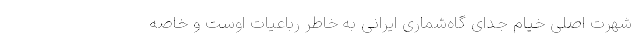
‌ شهرت اصلی خیام جدای گاه‌شماری ایرانی به خاطر رباعیات اوست و خاصه